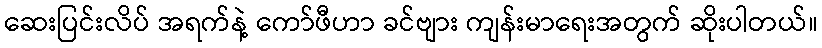
ဆေးပြင်းလိပ် အရက်နဲ့ ကော်ဖီဟာ ခင်ဗျား ကျန်းမာရေးအတွက် ဆိုးပါတယ်။